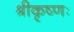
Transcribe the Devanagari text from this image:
श्रीकृष्णः